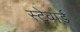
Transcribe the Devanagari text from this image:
स्टेवार्ड